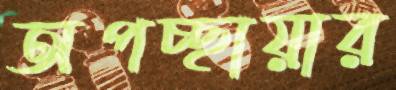
অপচ্ছায়ার